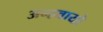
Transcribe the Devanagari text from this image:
अन्‍हवायो